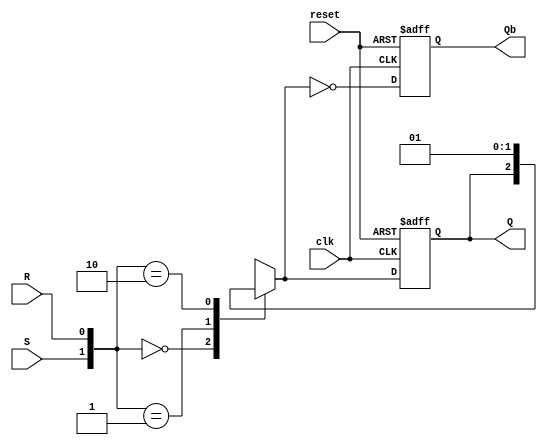
module SR_Flip_Flop ( S, R, clk, reset,Q, Qb);
 input S, R, clk, reset;
 output reg Q,Qb;
 
 always @(posedge clk or posedge reset) // Posedge clock and asynchronous Reset
begin
    if (reset)
    begin
        Q <= 1'b1;
        Qb <= 1'b0;
    end
    else
    begin
        case ({S, R})
            2'b00: Q= Q;
            2'b01: Q= 1'b0;
            2'b10: Q= 1'b1;
            2'b11: Q= 1'bx;
        endcase
         Qb=~Q;
    end
end
endmodule